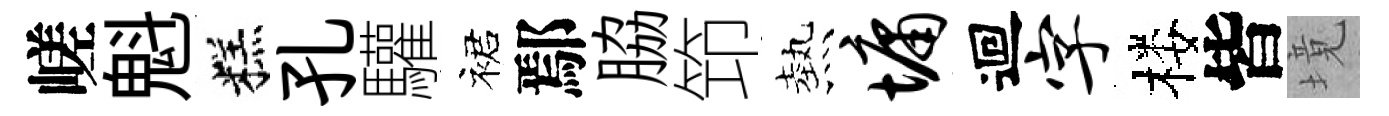
嵯魁糕孔驩裙鄢脇笻熱墉迴字楼皆境